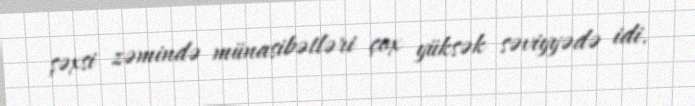
şəxsi zəmində münasibətləri çox yüksək səviyyədə idi.